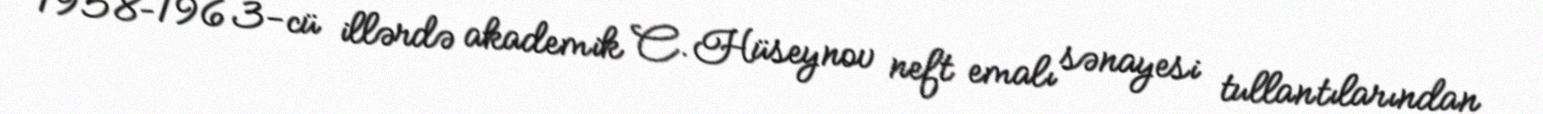
1958–1963-cü illərdə akademik C. Hüseynov neft emalı sənayesi tullantılarından